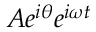
A e ^ { i \theta } e ^ { i \omega t }